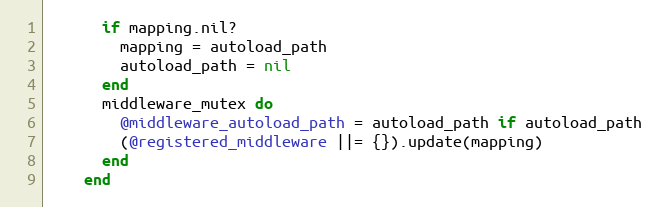
Language: Ruby
      if mapping.nil?
        mapping = autoload_path
        autoload_path = nil
      end
      middleware_mutex do
        @middleware_autoload_path = autoload_path if autoload_path
        (@registered_middleware ||= {}).update(mapping)
      end
    end